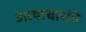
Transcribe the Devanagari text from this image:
अत्याचारांचे